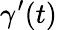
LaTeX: \gamma^{\prime}(t)